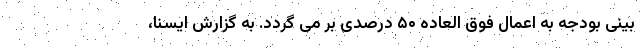
بینی بودجه به اعمال فوق العاده ۵۰ درصدی بر می گردد. به گزارش ایسنا،